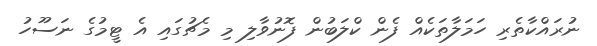
ނުރައްކާތެރި ހަމަލާތަކެއް ފެން ކްލަބުން ފޮނުވާލި މި މެޗުގައި އެ ޓީމުގެ ނަސޫހު